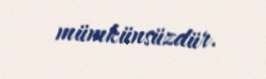
mümkünsüzdür.